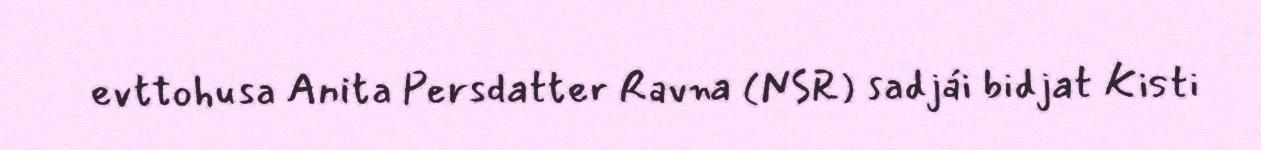
evttohusa Anita Persdatter Ravna (NSR) sadjái bidjat Kisti